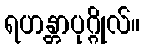
ရဟန္တာပုဂ္ဂိုလ်။